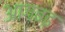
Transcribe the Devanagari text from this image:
आगबढ़